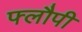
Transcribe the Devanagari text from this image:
फ्लौपी